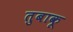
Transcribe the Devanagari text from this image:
तुबाकू